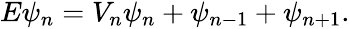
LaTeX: \begin{array}{r}{E{\psi_{n}}=V_{n}\psi_{n}+\psi_{n-1}+\psi_{n+1}.}\end{array}